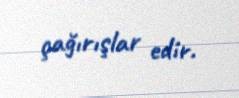
çağırışlar edir.